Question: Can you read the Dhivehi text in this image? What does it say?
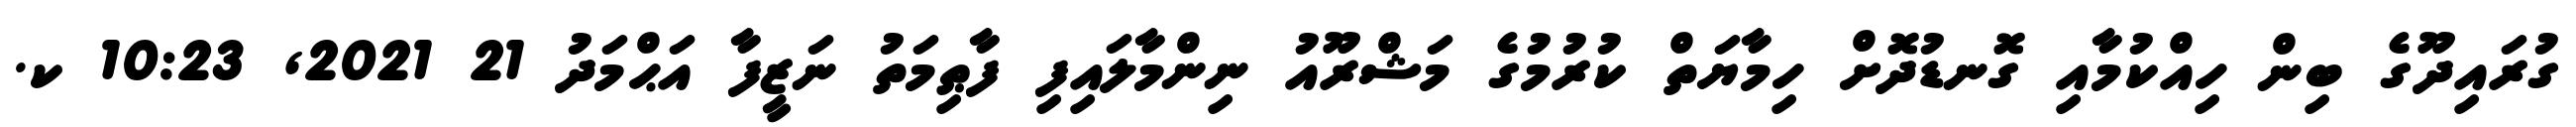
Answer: ގުރައިދޫގެ ބިން ހިއްކުމާއި ގޮނޑުދޮށް ހިމާޔަތް ކުރުމުގެ މަޝްރޫއު ނިންމާލައިފި ފާޠިމަތު ނަޒީފާ އަޙްމަދު 21 2021, 10:23 ކ.